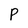
Character: P